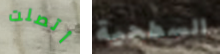
أتصلت السطحية